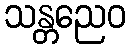
သန္တညေဝ